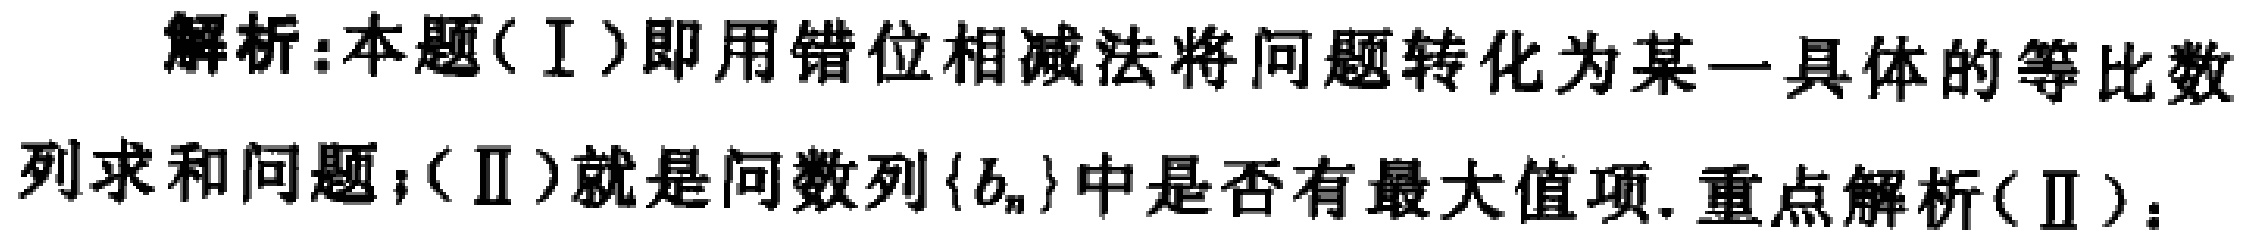
解析:本题(Ⅰ)即用错位相减法将问题转化为某一具体的等比数列求和问题；(Ⅱ)就是问数列\(\{b_{n}\}\)中是否有最大值项. 重点解析(Ⅱ)：